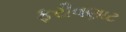
ફરીવણાટ